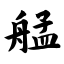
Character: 艋